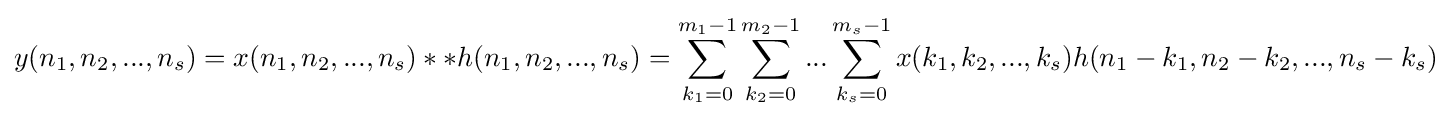
y(n_{1},n_{2},...,n_{s})=x(n_{1},n_{2},...,n_{s})**h(n_{1},n_{2},...,n_{s})=\sum _{k_{1}=0}^{m_{1}-1}\sum _{k_{2}=0}^{m_{2}-1}...\sum _{k_{s}=0}^{m_{s}-1}x(k_{1},k_{2},...,k_{s})h(n_{1}-k_{1},n_{2}-k_{2},...,n_{s}-k_{s})